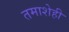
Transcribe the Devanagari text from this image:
तमाशेही